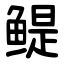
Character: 鳀